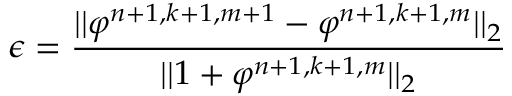
\epsilon = \frac { | | \varphi ^ { n + 1 , k + 1 , m + 1 } - \varphi ^ { n + 1 , k + 1 , m } | | _ { 2 } } { | | 1 + \varphi ^ { n + 1 , k + 1 , m } | | _ { 2 } }